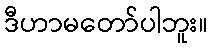
ဒီဟာမတော်ပါဘူး။